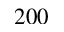
2 0 0